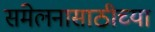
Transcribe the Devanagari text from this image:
संमेलनासाठीच्या